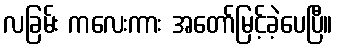
လခြမ်း ကလေးကား အတော်မြင့်ခဲ့ပေပြီ။